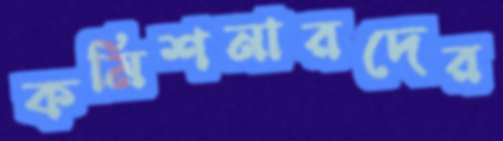
কমিশনারদের